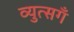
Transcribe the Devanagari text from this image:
व्युत्सगँ